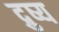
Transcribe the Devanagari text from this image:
द्रुष्य